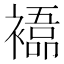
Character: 𮖰